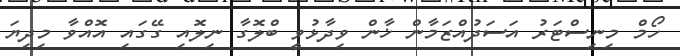
ހޯމް މިނިސްޓަރު އަސަދުއްޒަމާން ޚާން ވިދާޅުވީ ބްލޮގާ ނިލޮއި ގޭގައި އޮއްވާ މިދިޔަ